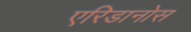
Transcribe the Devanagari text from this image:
एरिडानोस